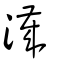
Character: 濊